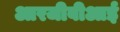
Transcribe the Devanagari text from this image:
आरजीबीआई